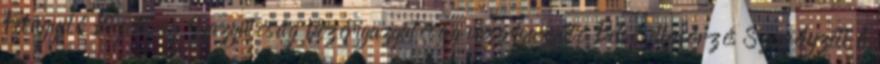
Felügyelő Bizottság Igazgatóság Vezérigazgatóság vezérigazgató Belső ellenőrzés Személyzeti A